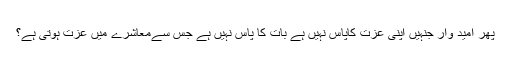
پھر امید وار جنہیں اپنی عزت کاپاس نہیں ہے بات کا پاس نہیں ہے جس سےمعاشرے میں عزت ہوتی ہے؟